Vaccination United Provinces of Agra and Oudh 1923-1928 - 1923-1928
Year: 1923
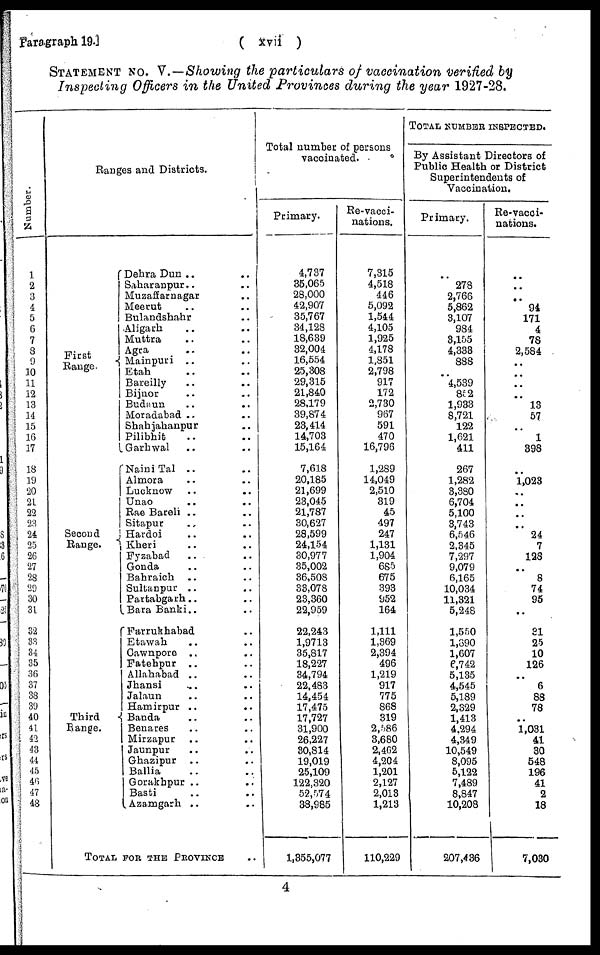
Paragraph 19.]
( xvii )
STATEMENT NO. V.—Showing the particulars of vaccination verified by
Inspecting Officers in the United Provinces during the year 1927-28.
Number.
1
2
3
4
5
6
7
8
9
10
11
12
13
14
15
16
17
18
19
20
21
22
23
24
25
26
27
28
29
30
31
32
33
34
35
36
37
38
39
40
41
42
43
44
45
46
47
48
Ranges and Districts.
First
Range.
Second
Range.
Third
Range.
Dehra Dun .. ..
Saharanpur .. ..
Muzaffarnagar .. ..
Meerut .. ..
Bulandshahr .. ..
Aligarh .. ..
Muttra .. ..
Agra .. ..
Mainpuri .. ..
Etah .. ..
Bareilly .. ..
Bijnor .. ..
Budaun .. ..
Moradabad .. ..
Shahjahanpur .. ..
Pilibhit .. ..
Garhwal .. ..
Naini Tal .. ..
Almora .. ..
Lucknow .. ..
Unao .. ..
Rae Bareli .. ..
Sitapur .. ..
Hardoi .. ..
Kheri .. ..
Fyzabad
.. ..
Gonda .. ..
Bahraich .. ..
Sultanpur .. ..
Partabgarh .. ..
Bara Banki .. ..
Farrukhabad .. ..
Etawah .. ..
Cawnpore .. ..
Fatehpur .. ..
Allahabad .. ..
Jhansi .. ..
Jalaun .. ..
Hamirpur .. ..
Banda .. ..
Benares .. ..
Mirzapur .. ..
Jaunpur .. ..
Ghazipur .. ..
Ballia .. ..
Gorakhpur .. ..
Basti .. ..
Azamgarh .. ..
TOTAL FOR THE PROVINCE ..
Total number of persons
vaccinated.
Primary.
4,737
35,065
28,000
42,907
35,767
34,128
18,639
32,004
16,554
25,308
29,315
21,840
28,179
39,874
23,414
14,703
15,164
7,618
20,185
21,699
23,045
21,787
30,627
28,599
24,154
30,977
35,002
36,508
33,078
23,360
22,959
22,243
1,9713
35,817
18,227
34,794
22,483
14,454
17,475
17,727
31,900
26,227
30,814
19,019
25,109
122,320
52,574
38,985
1,355,077
Re-vacci-
nations.
7,315
4,518
446
5,092
1,544
4,105
1,925
4,178
1,851
2,798
917
172
2,730
967
591
470
16,796
1,289
14,049
2,510
319
45
497
247
1,131
1,904
685
675
393
952
164
1,111
1,369
2,394
496
1,219
917
775
868
319
2,586
3,680
2,462
4,204
1,201
2,127
2,013
1,213
110,229
TOTAL NUMBER INSPECTED.
By Assistant Directors of
Public Health or District
Superintendents of
Vaccination.
Primary.
..
278
2,766
5,862
3,107
984
3,155
4,333
888
..
4,539
852
1,933
8,721
122
1,621
411
267
1,282
3,380
6,704
5,100
3,743
6,546
2,345
7,297
9,079
6,165
10,034
11,321
5,248
1,550
1,890
1,607
6,742
5,135
4,545
5,189
2,329
1,413
4,294
4,349
10,549
8,095
5,122
7,489
8,847
10,208
207,436
Re-vacci¬
nations.
..
..
..
94
171
4
78
2,584
..
..
..
..
13
57
..
1
398
..
1,023
..
..
..
..
24
7
128
..
8
74
95
..
31
25
10
126
..
6
88
78
..
1,031
41
30
548
196
41
2
18
7,030
4